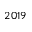
2 0 1 9